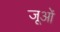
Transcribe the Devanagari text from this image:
जूओं